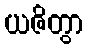
ယဇိတွာ